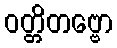
ဝတ္တိတဗ္ဗော